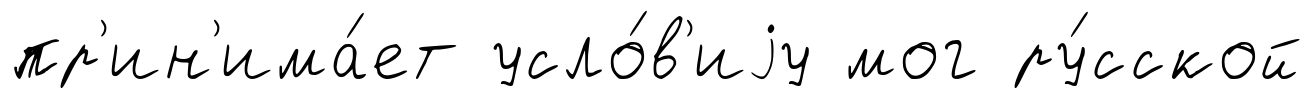
пр'ин'има́ет усло́в'иjу мог ру́сской